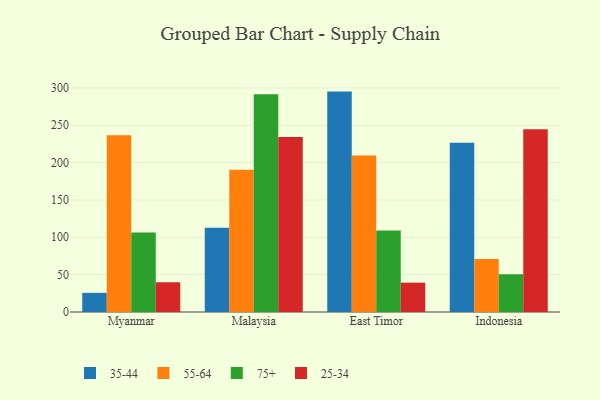
{"axis": {"x": "Country", "y": "Humidity (%)"}, "legend": ["25-34", "35-44", "55-64", "75+"], "data": [{"x": "Myanmar", "y": 25.6, "type": "35-44"}, {"x": "Myanmar", "y": 236.7, "type": "55-64"}, {"x": "Myanmar", "y": 106.3, "type": "75+"}, {"x": "Myanmar", "y": 39.8, "type": "25-34"}, {"x": "Malaysia", "y": 112.9, "type": "35-44"}, {"x": "Malaysia", "y": 190.4, "type": "55-64"}, {"x": "Malaysia", "y": 291.3, "type": "75+"}, {"x": "Malaysia", "y": 234.2, "type": "25-34"}, {"x": "East Timor", "y": 295.0, "type": "35-44"}, {"x": "East Timor", "y": 209.4, "type": "55-64"}, {"x": "East Timor", "y": 109.0, "type": "75+"}, {"x": "East Timor", "y": 39.3, "type": "25-34"}, {"x": "Indonesia", "y": 226.5, "type": "35-44"}, {"x": "Indonesia", "y": 70.9, "type": "55-64"}, {"x": "Indonesia", "y": 50.4, "type": "75+"}, {"x": "Indonesia", "y": 244.7, "type": "25-34"}]}